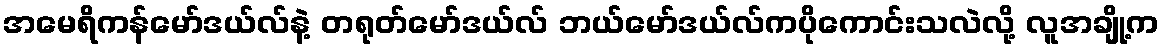
အမေရိကန်မော်ဒယ်လ်နဲ့ တရုတ်မော်ဒယ်လ် ဘယ်မော်ဒယ်လ်ကပိုကောင်းသလဲလို့ လူအချို့က